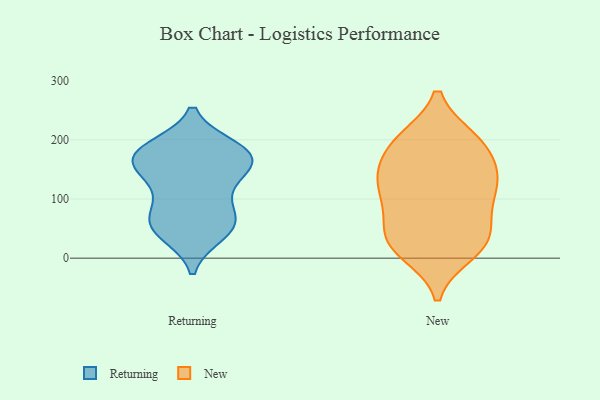
{"axis": {"x": "Waste Production (Tons)", "y": "Value"}, "legend": ["New", "Returning"], "data": [{"x": "", "y": 42, "type": "Returning"}, {"x": "", "y": 59, "type": "Returning"}, {"x": "", "y": 175, "type": "Returning"}, {"x": "", "y": 132, "type": "Returning"}, {"x": "", "y": 57, "type": "Returning"}, {"x": "", "y": 73, "type": "Returning"}, {"x": "", "y": 185, "type": "Returning"}, {"x": "", "y": 177, "type": "Returning"}, {"x": "", "y": 169, "type": "Returning"}, {"x": "", "y": 107, "type": "Returning"}, {"x": "", "y": 171, "type": "Returning"}, {"x": "", "y": 171, "type": "Returning"}, {"x": "", "y": 53, "type": "Returning"}, {"x": "", "y": 147, "type": "Returning"}, {"x": "", "y": 27, "type": "New"}, {"x": "", "y": 200, "type": "New"}, {"x": "", "y": 23, "type": "New"}, {"x": "", "y": 66, "type": "New"}, {"x": "", "y": 195, "type": "New"}, {"x": "", "y": 197, "type": "New"}, {"x": "", "y": 122, "type": "New"}, {"x": "", "y": 10, "type": "New"}, {"x": "", "y": 139, "type": "New"}, {"x": "", "y": 143, "type": "New"}, {"x": "", "y": 28, "type": "New"}, {"x": "", "y": 143, "type": "New"}, {"x": "", "y": 193, "type": "New"}, {"x": "", "y": 128, "type": "New"}, {"x": "", "y": 92, "type": "New"}, {"x": "", "y": 31, "type": "New"}, {"x": "", "y": 88, "type": "New"}]}